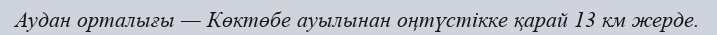
Аудан орталығы — Көктөбе ауылынан оңтүстікке қарай 13 км жерде.